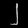
Digit: ၂